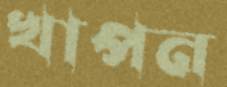
খাপন